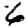
Digit: 6